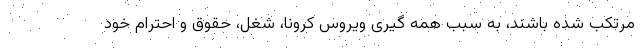
مرتکب شده باشند، به سبب همه گیری ویروس کرونا، شغل، حقوق و احترام خود